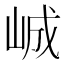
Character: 峸